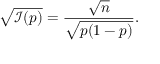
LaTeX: { \sqrt { { \mathcal { I } } ( p ) } } = { \frac { \sqrt { n } } { \sqrt { p ( 1 - p ) } } } .